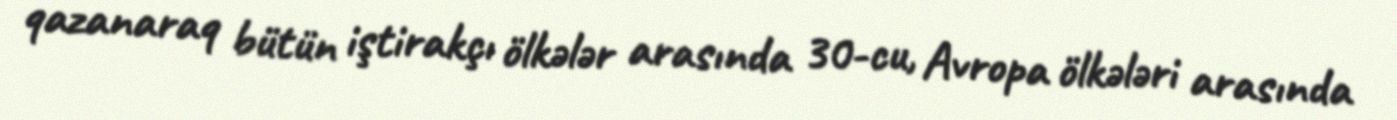
qazanaraq bütün iştirakçı ölkələr arasında 30-cu, Avropa ölkələri arasında